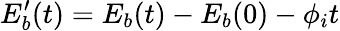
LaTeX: E_{b}^{\prime}(t)=E_{b}(t)-E_{b}(0)-\phi_{i}t